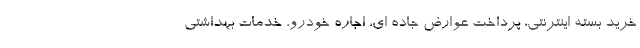
خرید بسته اینترنتی، پرداخت عوارض جاده ای، اجاره خودرو، خدمات بهداشتی